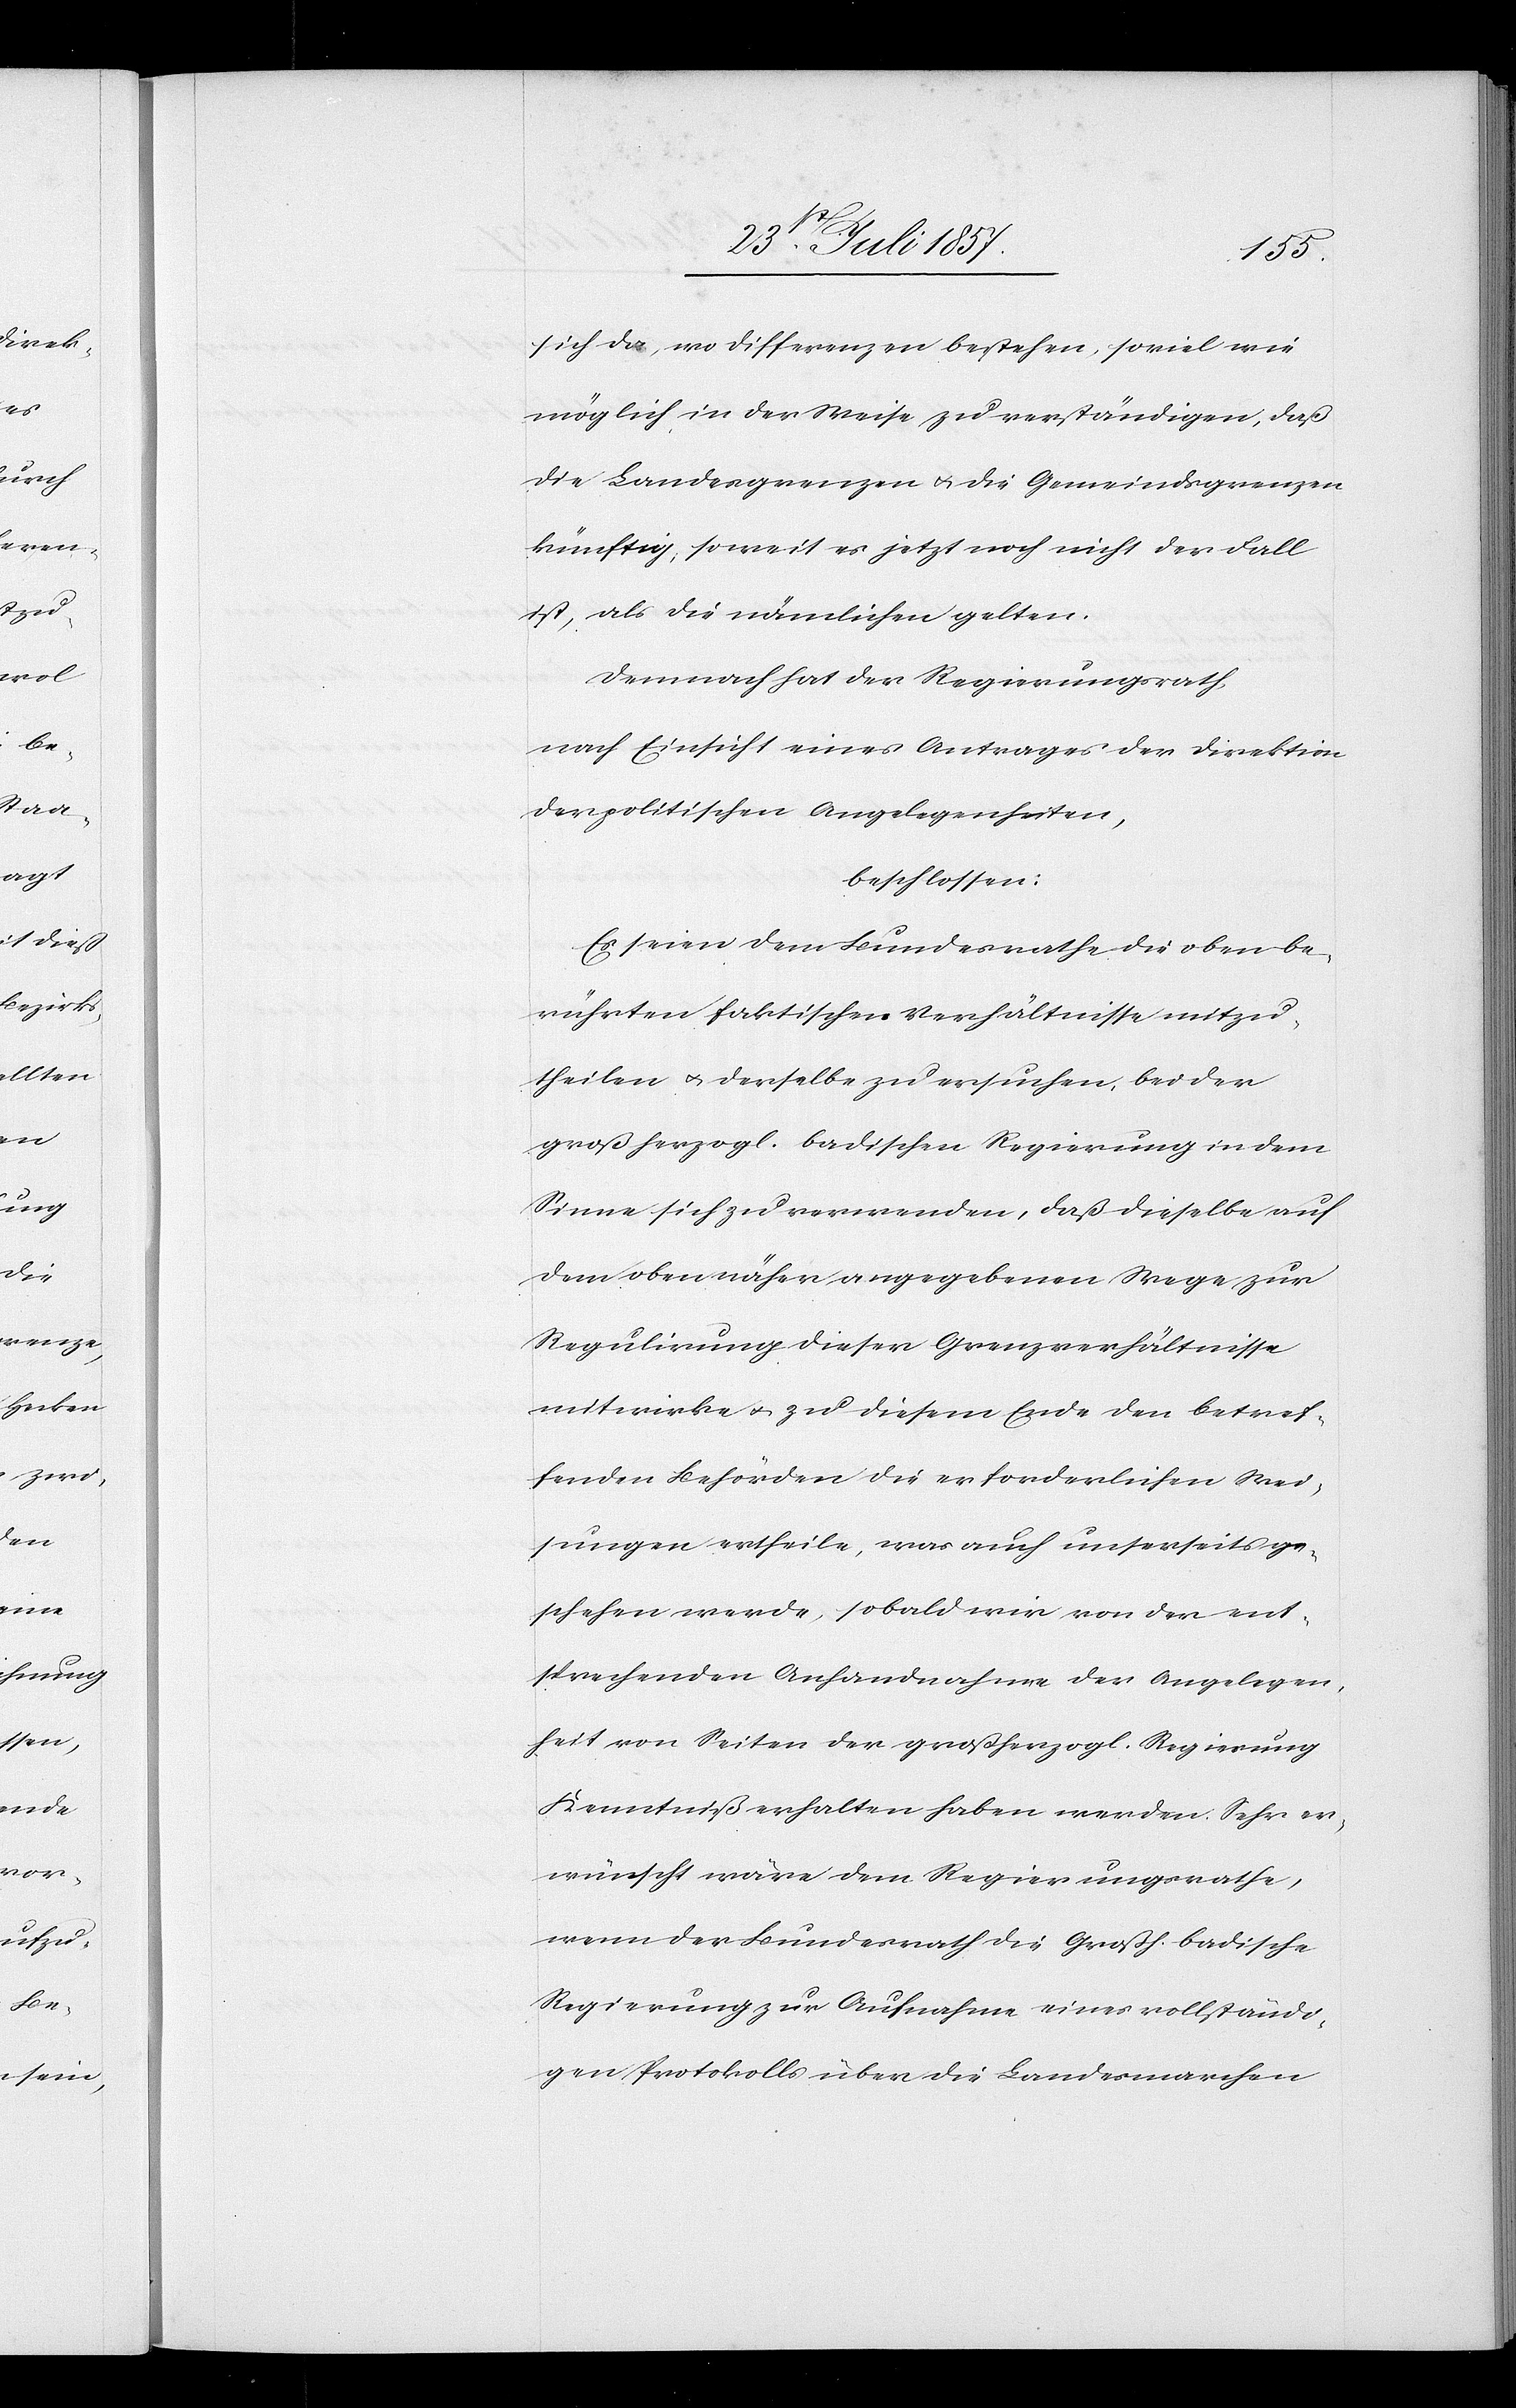
sich da, wo Differenzen bestehen, soviel wie
möglich, in der Weise zu verständigen, daß
die Landesgrenzen & die Gemeindsgrenzen
künftig, soweit es jetzt noch nicht der Fall
ist, als die nämlichen gelten.
Demnach hat der Regierungsrath,
nach Einsicht eines Antrages der Direktion
der politischen Angelegenheiten,
beschlossen:
Es seien dem Bundesrathe die oben be¬
rührten faktischen Verhältnisse mitzu¬
theilen & derselbe zu ersuchen, bei der
großherzogl. badischen Regierung in dem
Sinne sich zu verwenden, daß dieselbe auf
dem oben näher angegebenen Wege zur
Regulirung dieser Grenzverhältnisse
mitwirke & zu diesem Ende den betref¬
fenden Behörden die erforderlichen Wei¬
sungen ertheile, was auch unserseits ge¬
schehen werde, sobald wir von der ent¬
sprechenden Anhandnahme der Angelegen¬
heit von Seiten der großherzogl. Regierung
Kenntniß erhalten haben werden. Sehr er¬
wünscht wäre dem Regierungsrathe,
wenn der Bundesrath die Großh. Badische
Regierung zur Aufnahme eines vollständi¬
gen Protokolls über die Landesmarchen